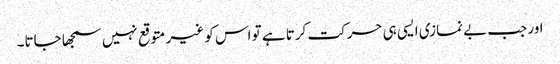
اور جب بے نمازی ایسی ہی حرکت کرتا ہے تو اس کو غیر متوقع نہیں سمجھا جاتا۔